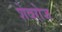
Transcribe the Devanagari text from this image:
शेवरोज